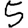
Digit: 5